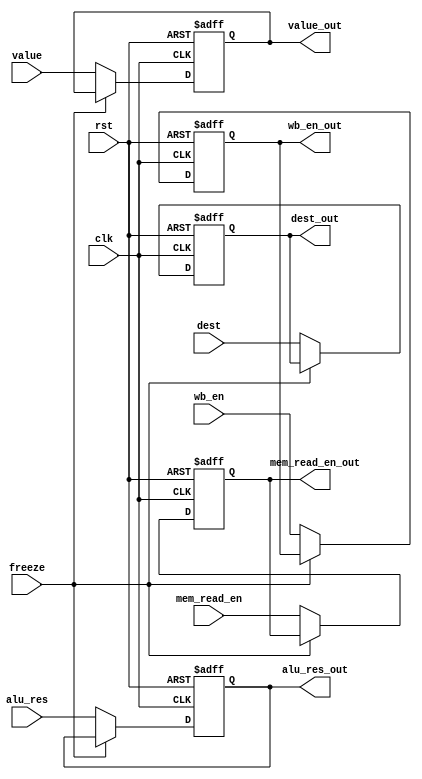
module MemReg (
    clk,
    rst,
    freeze,
    wb_en,
    mem_read_en,
    alu_res,
    value,
    dest,
    wb_en_out,
    mem_read_en_out,
    alu_res_out,
    value_out,
    dest_out
);
    input clk, rst, wb_en, mem_read_en, freeze;
    input [3:0] dest;
    input [31:0] alu_res, value;
    output reg wb_en_out, mem_read_en_out;
    output reg [3:0] dest_out;
    output reg [31:0] alu_res_out, value_out;
    always @(posedge clk, posedge rst) begin
        if (rst) begin
            wb_en_out <= 1'd0;
            mem_read_en_out <= 1'd0;
            alu_res_out <= 32'd0;
            value_out <= 32'd0;
            dest_out <= 4'd0;
        end
        else if(~freeze) begin
            wb_en_out <= wb_en;
            mem_read_en_out <= mem_read_en;
            alu_res_out <= alu_res;
            value_out <= value;
            dest_out <= dest;
        end
    end
endmodule